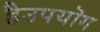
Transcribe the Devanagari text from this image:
हैउपयॊग